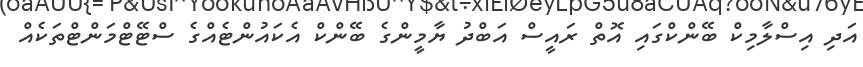
އަދި އިސްލާމިކް ބޭންކްގައި އޮތް ރައީސް އަބްދު ޔާމީންގެ ބޭންކް އެކައުންޓެއްގެ ސްޓޭޓްމަންޓްތަކެއް